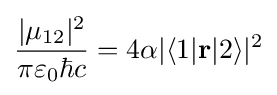
{\frac {|\mu _{12}|^{2}}{\pi \varepsilon _{0}\hbar c}}=4\alpha |\langle 1|\mathbf {r} |2\rangle |^{2}